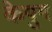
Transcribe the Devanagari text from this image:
केयुग